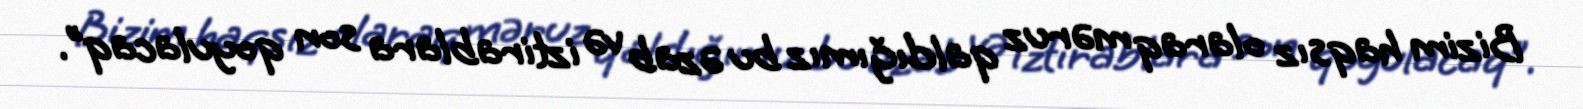
Bizim haqsız olaraq məruz qaldığımız bu əzab və iztirablara son qoyulacaq”.